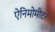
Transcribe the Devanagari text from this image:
ऐनिमोमीटर